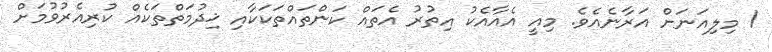
1 މިލިއަނަށް އަރާނެއެވެ. މިއީ އެއާއެކު އިތުރު އެތައް ކަންތައްތަކަކާއި ޚިދުމަތްތަކެއް ކުރިއެރުވުމަށް